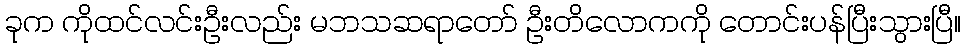
ခုက ကိုထင်လင်းဦးလည်း မဘသဆရာတော် ဦးတိလောကကို တောင်းပန်ပြီးသွားပြီ။